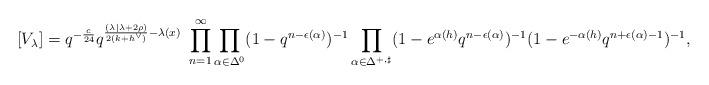
LaTeX: \begin{align*}[V_\lambda] = q^{-\frac{c}{24}} q^{\frac{(\lambda| \lambda + 2\rho) }{2(k+h^\vee)} -\lambda(x)}\ \prod_{n=1}^\infty \prod_{\alpha \in \Delta_{}^{0}} (1-q^{n-\epsilon(\alpha)})^{-1} \prod_{\alpha \in \Delta_{}^{+, \sharp}}(1-e^{\alpha(h)}q^{n-\epsilon(\alpha)})^{-1} (1-e^{-\alpha(h)}q^{n+\epsilon(\alpha)-1})^{-1},\end{align*}